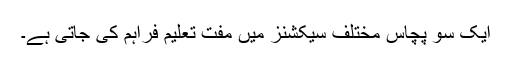
ایک سو پچاس مختلف سیکشنز میں مفت تعلیم فراہم کی جاتی ہے۔